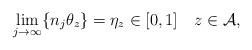
LaTeX: \begin{align*} \lim_{j \to\infty} \{n_j\theta_z\} = \eta_z \in[0, 1] \quad z\in\mathcal{A},\end{align*}